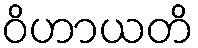
ဝိဟာယတိ